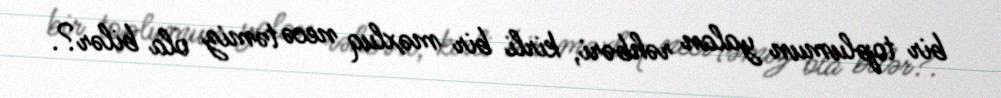
bir toplumun yalan rəhbəri, kirli bir məxluq necə təmiz ola bilər?.